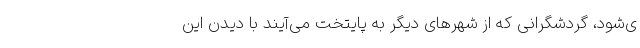
ی‌شود، گردشگرانی که از شهرهای دیگر به پایتخت می‌آیند با دیدن این